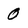
Character: O